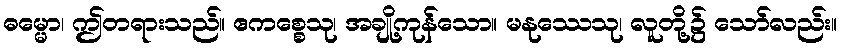
ဓမ္မော၊ ဤတရားသည်။ ဧကစ္စေသု၊ အချို့ကုန်သော။ မနုဿေသု၊ လူတို့၌ သော်လည်း။